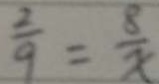
\frac { 2 } { 9 } = \frac { 8 } { x }